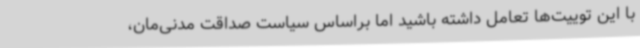
با این توییت‌ها تعامل داشته باشید اما براساس سیاست صداقت مدنی‌مان،